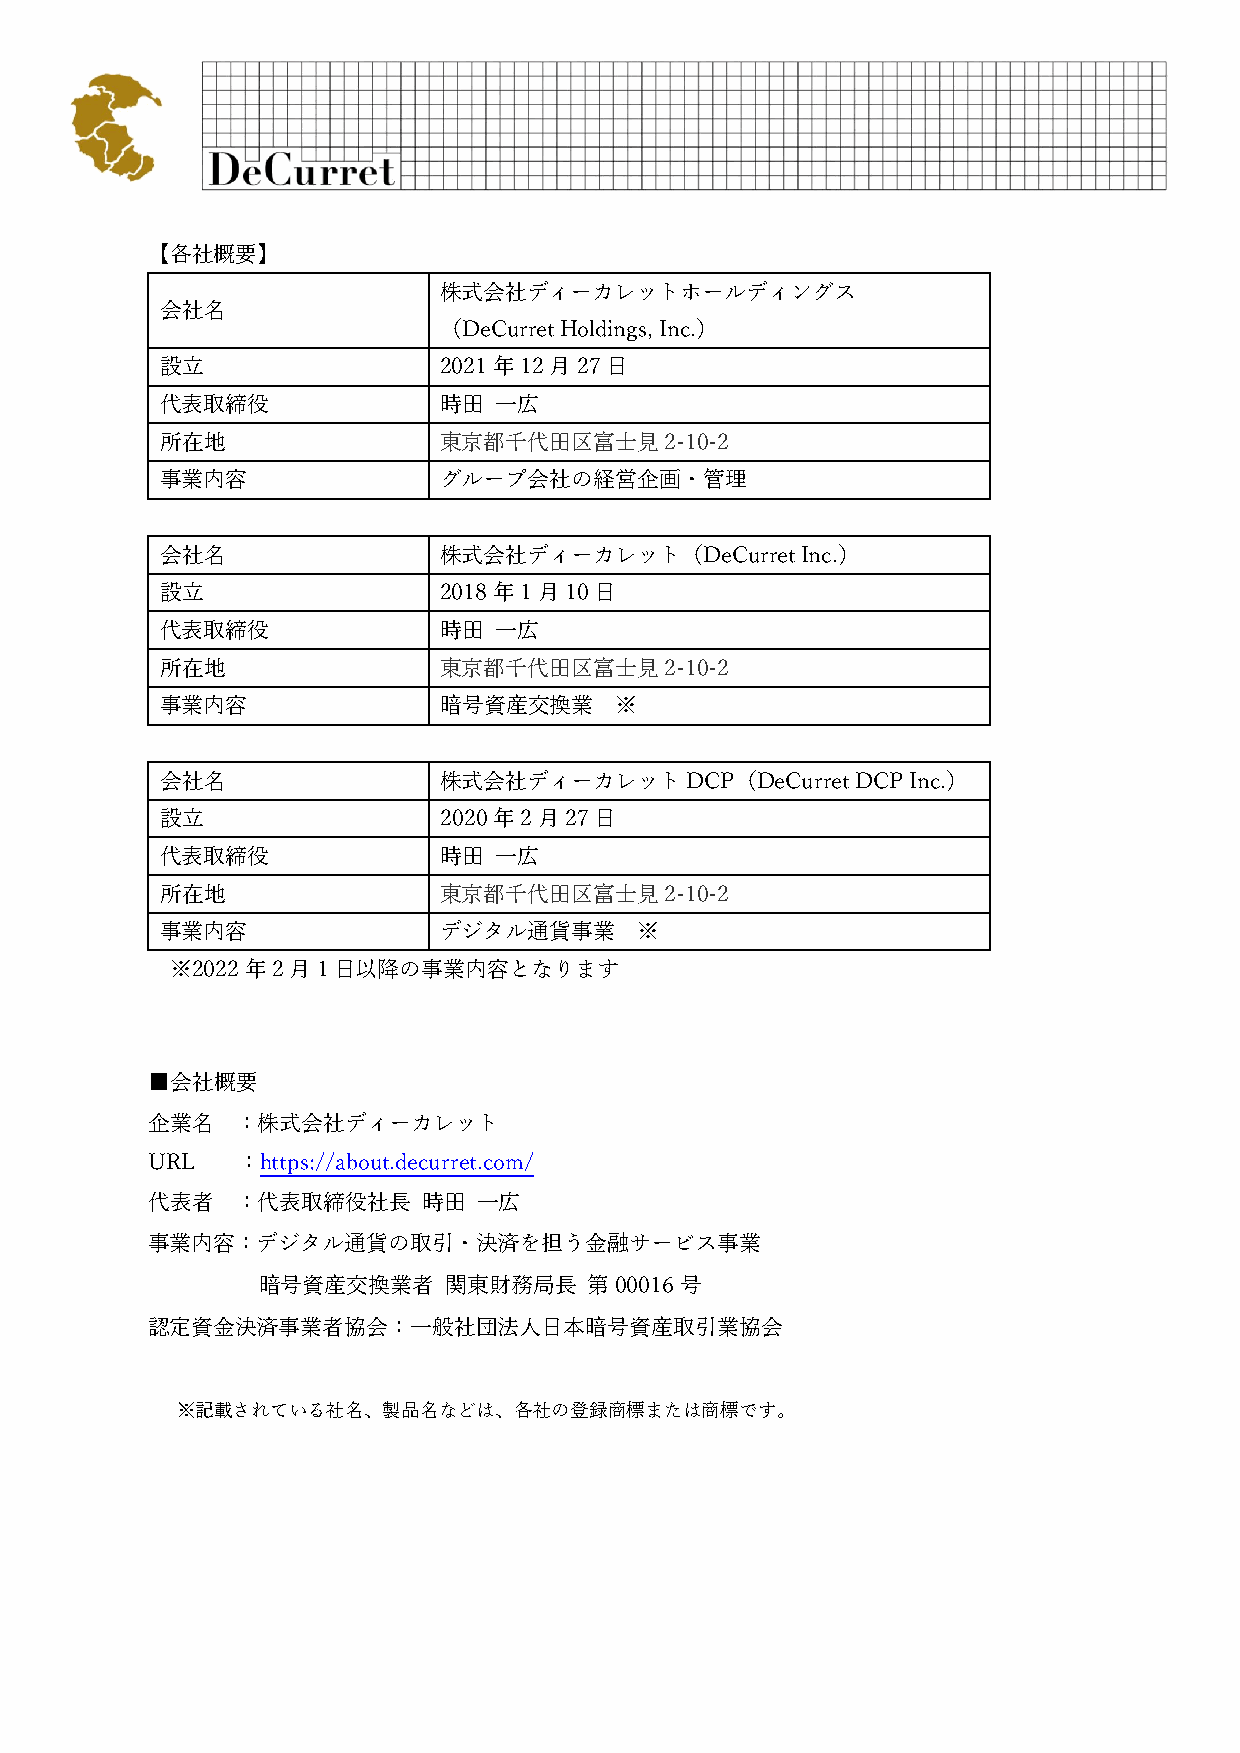
【各社概要】
 株式会社ディーカレットホールディングス
 会社名
 （DeCurret Holdings, Inc.）
 設立                2021年12月27日
 代表取締役             時田  一広
 所在地               東京都千代田区富士見2-10-2
 事業内容              グループ会社の経営企画・管理
 会社名               株式会社ディーカレット（DeCurret    Inc.）
 設立                2018年1月10日
 代表取締役             時田  一広
 所在地               東京都千代田区富士見2-10-2
 事業内容              暗号資産交換業     ※
 会社名               株式会社ディーカレットDCP（DeCurret     DCP Inc.）
 設立                2020年2月27日
 代表取締役             時田  一広
 所在地               東京都千代田区富士見2-10-2
 事業内容              デジタル通貨事業     ※
 ※2022年2月1日以降の事業内容となります
 ■会社概要
 企業名   ：株式会社ディーカレット
 URL   ：https://about.decurret.com/
 代表者   ：代表取締役社長    時田  一広
 事業内容：デジタル通貨の取引・決済を担う金融サービス事業
 暗号資産交換業者    関東財務局長    第00016号
 認定資金決済事業者協会：一般社団法人日本暗号資産取引業協会
 ※記載されている社名、製品名などは、各社の登録商標または商標です。